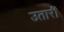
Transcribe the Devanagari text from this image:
उतारीं